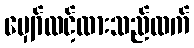
မျှော်လင့်ထားသည်ထက်